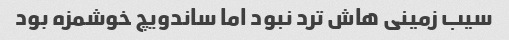
سیب زمینی هاش ترد نبود اما ساندویچ خوشمزه بود